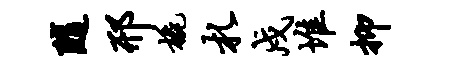
随邢橇札戍堆抑